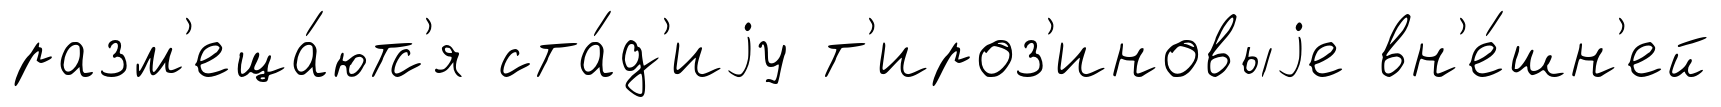
разм'еща́ютс'я ста́д'иjу т'ироз'иновыjе вн'е́шн'ей